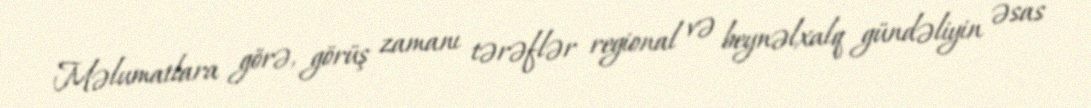
Məlumatlara görə, görüş zamanı tərəflər regional və beynəlxalq gündəliyin əsas